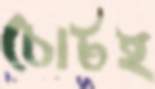
চোটই